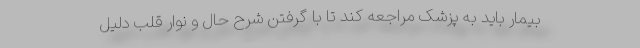
بیمار باید به پزشک مراجعه کند تا با گرفتن شرح حال و نوار قلب دلیل